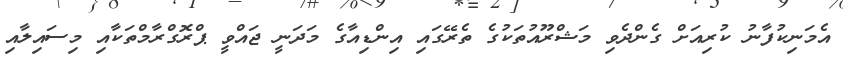
އެމަނިކުފާނު ކުރިއަށް ގެންދެވި މަޝްރޫއުތަކުގެ ތެރޭގައި އިންޑިއާގެ މަދަނީ ޖައްވީ ޕްރޮގްރާމްތަކާއި މިސައިލާއި